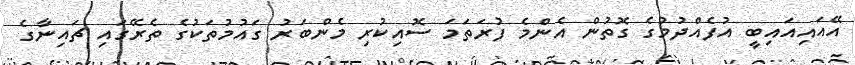
އޭއައިއައިބީ އުފެއްދުމުގެ ގޮތުން އެންމެ ފުރަތަމަ ސޮއިކުރި މެންބަރު ގައުމުތަކުގެ ތެރޭގައި ޗައިނާގެ